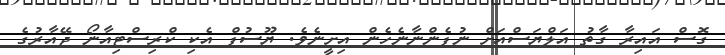
ގޮސް އައިރާ ގާތު އަލްޔަސްއަށް ނުފެންނާނެހެން އިށީނެވެ. ޔޫސުފް އެކި ކްރިސްޓިއާނޯ ޖޭއާރުގެ